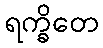
ရက္ခိတေ